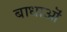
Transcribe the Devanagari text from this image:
बाधाऒं